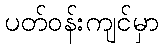
ပတ်ဝန်းကျင်မှာ